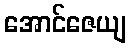
အောင်ဇေယျ